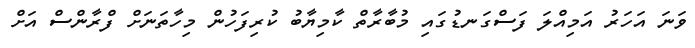
ވަނަ އަހަރު އަމިއްލަ ފަސްގަނޑުގައި މުބާރާތް ކާމިޔާބު ކުރިފަހުން މިހާތަނަށް ފްރާންސް އަށް